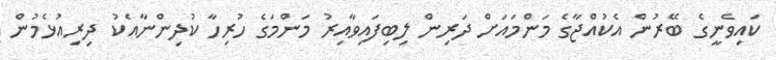
ކައިވެނީގެ ބޭރުން އެކުއްޖާގެ މަންމައަށް ދަރިން ލިބިފައިވާއިރު މަންމަގެ ހުރިހާ ކުދިންނާއެކު ދިރިއުޅެމުން